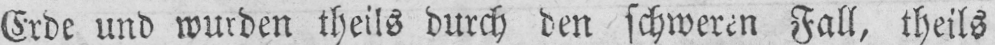
Erde und wurden theils durch den schweren Fall, theils